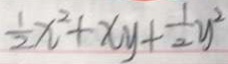
\frac { 1 } { 2 } x ^ { 2 } + x y + \frac { 1 } { 2 } y ^ { 2 }